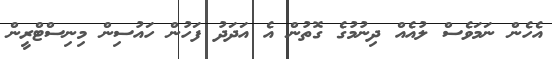
އެހެން ނަމަވެސް ލުއެއް ދިނުމުގެ ގޮތުން އެ އަދަދު ފަހުން ހައުސިން މިނިސްޓްރީން